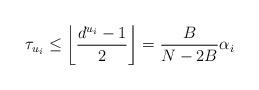
LaTeX: \begin{align*}\tau_{u_i} \leq \left\lfloor\frac{d^{u_i}-1}{2}\right\rfloor=\frac{B}{N-2B} \alpha_i\end{align*}